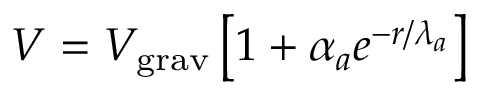
V = V _ { \mathrm { g r a v } } \left[ 1 + \alpha _ { a } e ^ { - r / \lambda _ { a } } \right]